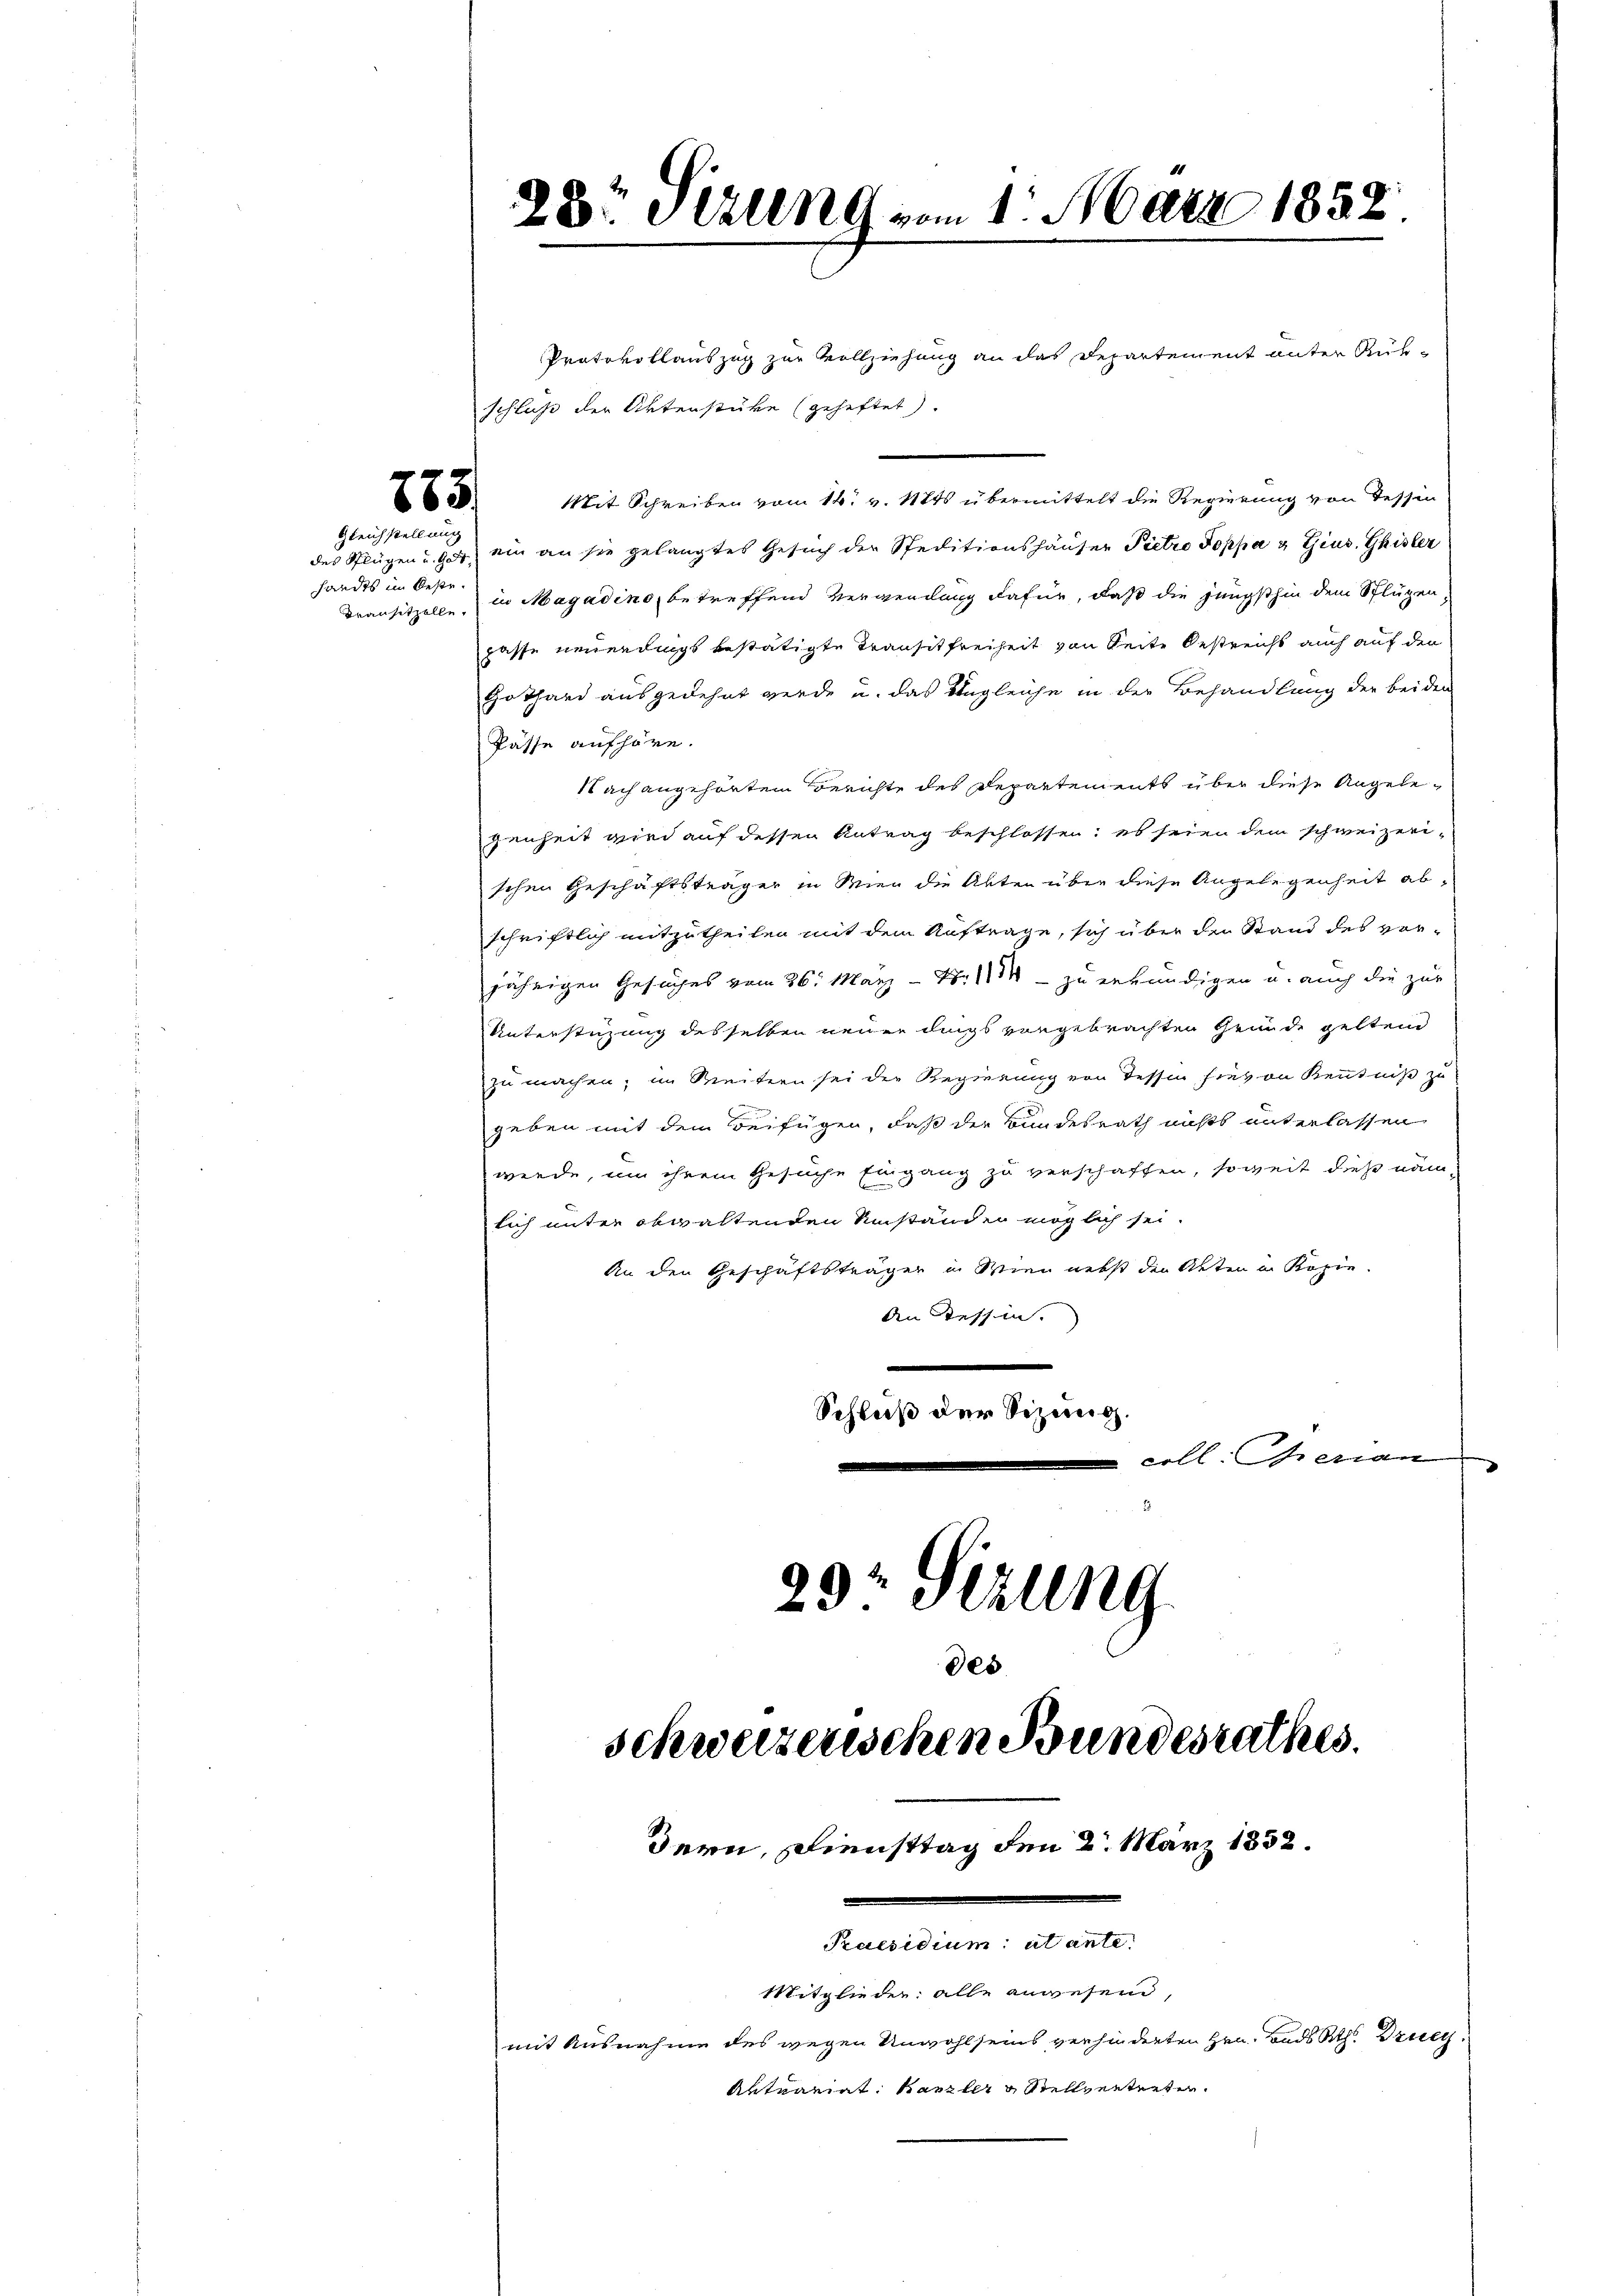
275.
Gleichstellung

Protokollauszug zur Vollziehung an das Departement unter Rükschluß der Aktenstüke (geheftet.
Mit Schreiben vom 14. v. Mts. übermittelt die Regierung von Tessin
des Pflügen u. gut ein an sie gelangtes Gesuch der Speditionshäuser Pietro Poppa & Gius. Gisler
Dransitzelle in Magadino, betreffend Verwendung dafür, daß die jüngsthin dem Splügen
passe neuerdings bestätigte Transitfreiheit von Seite Oestreicht auch auf den
Gothard ausgedehnt werde u. das Ungleiche in der Behandlung der beiden
Pässe aufhöre.
Nach angehörten Berichte des Departements über diese Angelegenheit wird auf dessen Antrag beschlossen; es seien dem schweizerischen Geschäftsträger in Wien die Akten über diese Angelegenheit abschriftlich mitzutheilen mit dem Auftrage, sich über den Stand des vorjährigen Gesuches vom 26. März - Nr. 114 - zu erkundigen u. auch die zur
Unterstüzung desselben neuer dings vorgebrachten Grunde geltend
zu machen; im Seitern sei die Regierung von Tessin hievon Kenntniß zu
geben mit dem Beifügen, daß der Bundesrath nichts unterlassen
werde, um ihrem Gesuche Eingang zu verschaffen, soweit dies nämlich unter obwaltenden Umständen möglich sei.
An den Geschäftsträger in Wien nebst den Akten in Kopie
An Stessen.
Schluß der Sizung.
 coll. Genan
29: Sizung

handes im Beste¬

¬
28. Celung vom 1. März 1888.

des
schweizenschen Bundesrathes.
Bern, Diensttag den 2. März 1838.
Praesidium ut ante
Mitglieder: alle anwesend,
mit Ausnahme des wegen Unwohl seins verhinderten Hrn. Bads Rth. Druc
Aktuariat Kanzler & Stellverterten.